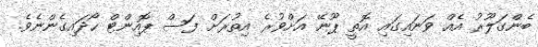
ބެންގަލޫރު އެއް ވަނައިގައި އޮތީ ޕޫނޭ އަށްވުރެ އިތުރަށް ފަސް ޕޮއިންޓް ހޯދައިގެންނެވެ.